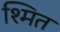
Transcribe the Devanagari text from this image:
श्मित